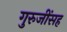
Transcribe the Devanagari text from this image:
गुरुजींसह